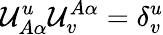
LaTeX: {\cal U}_{A\alpha}^{u}{\cal U}_{v}^{A\alpha}=\delta_{v}^{u}